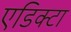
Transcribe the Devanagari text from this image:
एडिक्टा